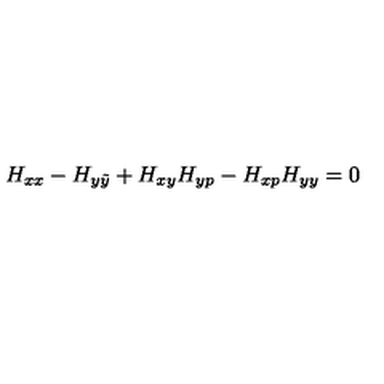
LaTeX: H _ { x x } - H _ { y \tilde { y } } + H _ { x y } H _ { y p } - H _ { x p } H _ { y y } = 0